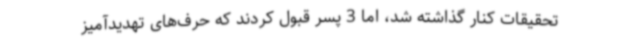
تحقیقات کنار گذاشته شد، اما 3 پسر قبول کردند که حرف‌های تهدیدآمیز